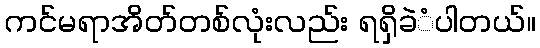
ကင်မရာအိတ်တစ်လုံးလည်း ရရှိခဲံပါတယ်။